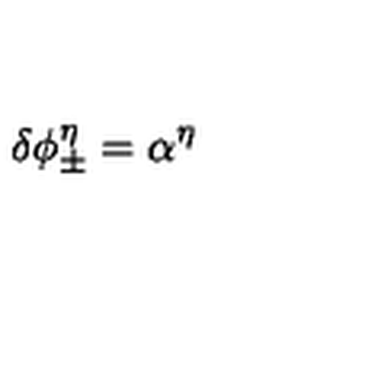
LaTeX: \delta \phi _ { \pm } ^ { \eta } = \alpha ^ { \eta }